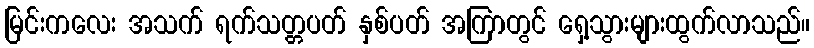
မြင်းကလေး အသက် ရက်သတ္တပတ် နှစ်ပတ် အကြာတွင် ရှေ့သွားများထွက်လာသည်။